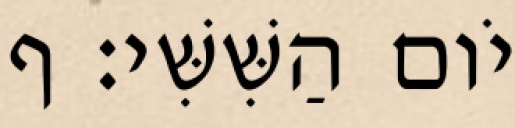
יֹום הַשִּׁשִּׁי׃ ף